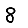
Digit: 8